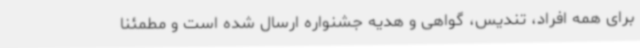
برای همه افراد، تندیس، گواهی و هدیه جشنواره ارسال شده است و مطمئنا